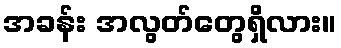
အခန်း အလွတ်တွေရှိလား။